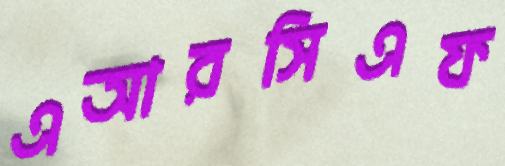
এআরসিএফ